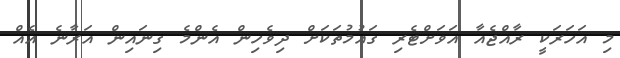
މި އަހަރަކީ ރާއްޖެއާ އަވަށްޓެރި ގައުމުތަކަށް ދިވެހިން އެންމެ ގިނައިން އަރާނެ އެއް